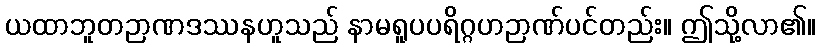
ယထာဘူတဉာဏဒဿနဟူသည် နာမရူပပရိဂ္ဂဟဉာဏ်ပင်တည်း။ ဤသို့လာ၏။